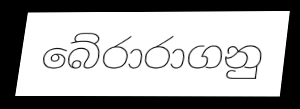
බේරාරාගනු